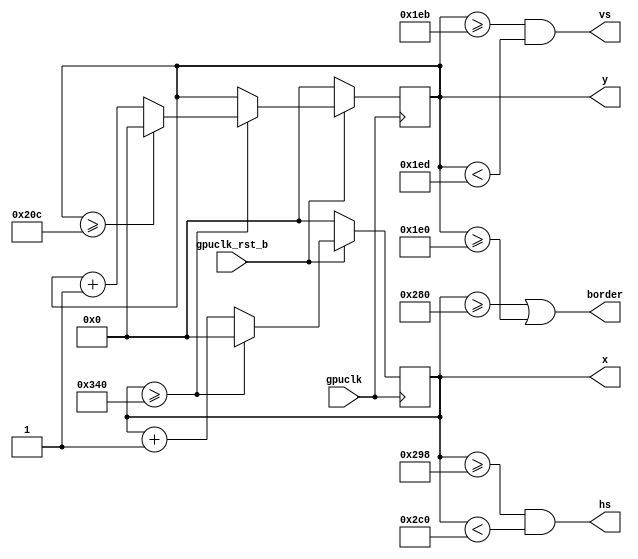
`timescale 1ns / 1ps
//////////////////////////////////////////////////////////////////////////////////
// Company: 
// Engineer: 
// 
// Design Name: 
// Module Name:    sync_gen 
// Project Name: 
// Target Devices: 
// Tool versions: 
// Description: 
//
// Dependencies: 
//
// Revision: 
// Revision 0.01 - File Created
// Additional Comments: 
//
//////////////////////////////////////////////////////////////////////////////////

module sync_gen(/*AUTOARG*/
   // Outputs
   vs, hs, border,
	x, y, //TEST
	
   // Inputs
   gpuclk, gpuclk_rst_b
   );

output reg vs, hs;
output reg border;
output reg [11:0] x, y; //TEST

input gpuclk;
input gpuclk_rst_b;

parameter XRES = 640;
parameter XFPORCH = 24;
parameter XSYNC = 40;
parameter XBPORCH = 128;

parameter YRES = 480;
parameter YFPORCH = 11;//9;
parameter YSYNC = 2;//3;
parameter YBPORCH = 31;//28;

//reg [11:0] x, y;

/*
parameter XRES = 1600;
parameter XFPORCH = 64;
parameter XSYNC = 192;
parameter XBPORCH = 304;

parameter YRES = 1200;
parameter YFPORCH = 1;
parameter YSYNC = 3;
parameter YBPORCH = 46;
*/


always @(posedge gpuclk) begin
	if (!gpuclk_rst_b) begin
		x <= 0;
		y <= 0;
	end
	else begin
		if (x >= (XRES + XFPORCH + XSYNC + XBPORCH)) begin
			if (y >= (YRES + YFPORCH + YSYNC + YBPORCH))
				y <= 0;
			else
				y <= y + 1;
				x <= 0;
			end 
		else
			x <= x + 1;
		end
	end

always @(*) begin
	hs = (x >= (XRES + XFPORCH)) && (x < (XRES + XFPORCH + XSYNC));
	vs = (y >= (YRES + YFPORCH)) && (y < (YRES + YFPORCH + YSYNC));
	border = (x >= XRES) || (y >= YRES);
end

endmodule